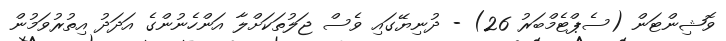
ވޮޝިންޓަން (ސެޕްޓެމްބަރު 26) - ދުނިޔޭގައި ވެސް ޖަލުތަކަށްލާ އަންހެނުންގެ އަދަދު އިތުރުވަމުން